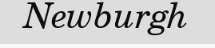
Newburgh